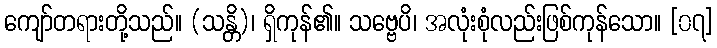
ကျော်တရားတို့သည်။ (သန္တိ)၊ ရှိကုန်၏။ သဗ္ဗေပိ၊ အလုံးစုံလည်းဖြစ်ကုန်သော။ [၀၇]